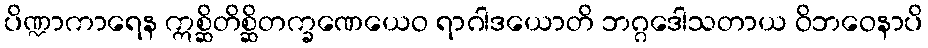
ပိဏ္ဍာကာရေန ဣစ္ဆိတိစ္ဆိတက္ခဏေယေဝ ရာဂါဒယောတိ ဘဂ္ဂဒေါသတာယ ဝိဘဝေနာပိ